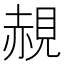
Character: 䚂